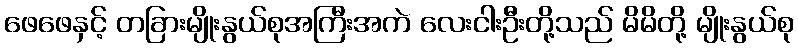
ဖေဖေနှင့် တခြားမျိုးနွယ်စုအကြီးအကဲ လေးငါးဦးတို့သည် မိမိတို့ မျိုးနွယ်စု